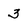
Character: 3